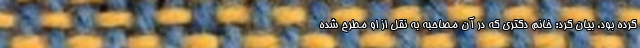
کرده بود، بیان کرد: خانم دکتری که در آن مصاحبه به نقل از او مطرح شده